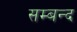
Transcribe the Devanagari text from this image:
सम्बन्द